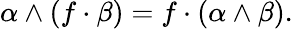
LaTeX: \alpha\wedge(f\cdot\beta)=f\cdot(\alpha\wedge\beta).